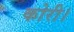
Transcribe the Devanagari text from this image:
कोरी।